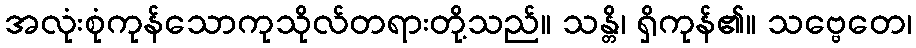
အလုံးစုံကုန်သောကုသိုလ်တရားတို့သည်။ သန္တိ၊ ရှိကုန်၏။ သဗ္ဗေတေ၊